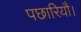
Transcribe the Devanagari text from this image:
पछारियौ।